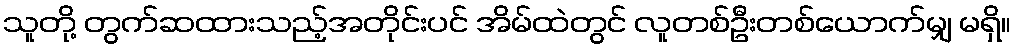
သူတို့ တွက်ဆထားသည့်အတိုင်းပင် အိမ်ထဲတွင် လူတစ်ဦးတစ်ယောက်မျှ မရှိ။